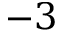
- 3